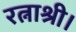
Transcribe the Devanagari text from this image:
रत्नाश्री।